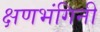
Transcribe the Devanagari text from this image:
क्षणभंगिनी